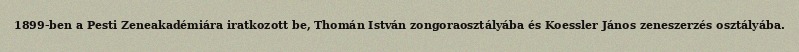
1899-ben a Pesti Zeneakadémiára iratkozott be, Thomán István zongoraosztályába és Koessler János zeneszerzés osztályába.